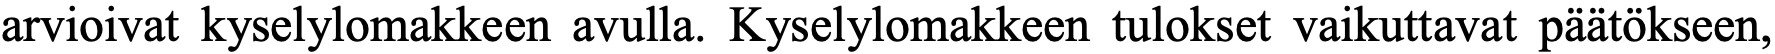
arvioivat kyselylomakkeen avulla. Kyselylomakkeen tulokset vaikuttavat päätökseen,